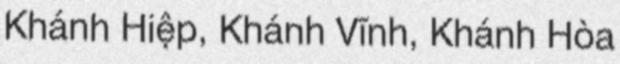
Khánh Hiệp, Khánh Vĩnh, Khánh Hòa